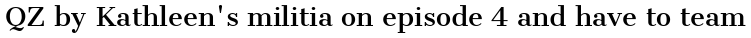
QZ by Kathleen's militia on episode 4 and have to team